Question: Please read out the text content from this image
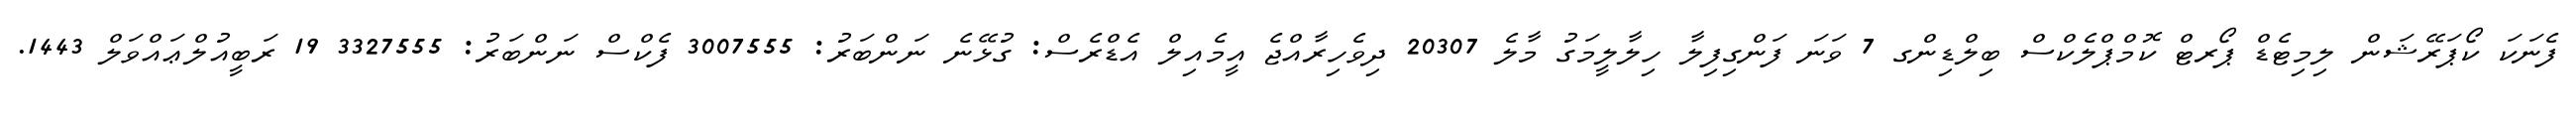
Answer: ފެނަކަ ކޯޕަރޭޝަން ލިމިޓެޑް ޕޯރޓް ކޮމްޕްލެކްސް ބިލްޑިންގ 7 ވަނަ ފަންގިފިލާ ހިލާލީމަގު މާލެ 20307 ދިވެހިރާއްޖެ އީމެއިލް އެޑްރެސް: ގުޅޭނެ ނަންބަރު: 3007555 ފެކްސް ނަންބަރު: 3327555 19 ރަބީއުލްޢައްވަލް 1443.